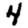
Digit: 4